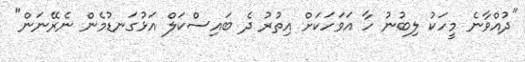
"ދުއްވާނެ މީހަކު ލިބުނު ހާ އަވަހަކަށް އިތުރު ދެ ބައިސްކަލް އަޅުގަނޑުމެން ނެރޭނަން"